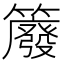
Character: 䉬